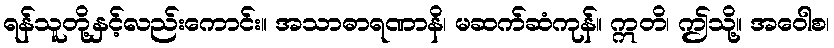
ရန်သူတို့နှင့်လည်းကောင်း။ အသာဓာရဏာနိ၊ မဆက်ဆံကုန်။ ဣတိ၊ ဤသို့။ အဝေါစ၊